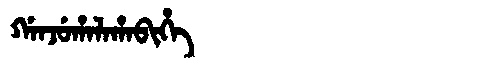
Manchu: ᡤᠠᠨᠵᡠᡥᠠᠯᠠᡥᠠᠪᡳᡥᡝ
Romanization: GANJUHALAHABIHE